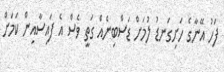
ފަހު އޭނާގެ ހަށިގަނޑު ލުމަށް ޑަސްބިނެއް ގަތީ ވެސް އެ ފައިސާއިން ކަމަށް